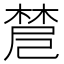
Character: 𣗗